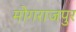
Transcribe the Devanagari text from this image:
मोगराजपुर